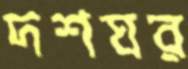
দশঘর